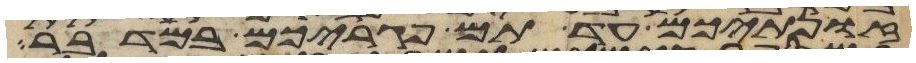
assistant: זונתיכם עד תם פגריכם במדבר